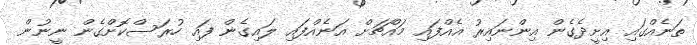
ތަނެއްގައި އިށީދެގެން އިންނައިރު އެއްފައި މައްޗަށް އަނެއްފައި ލައިގެން ފައި ހުރަސްކޮށްގެން ނީނުން